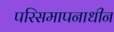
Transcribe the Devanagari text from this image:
परिसमापनाधीन